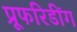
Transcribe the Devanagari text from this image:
प्रूफरिडींग